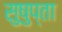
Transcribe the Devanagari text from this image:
सुषुप्ता